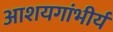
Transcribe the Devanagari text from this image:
आशयगांभीर्य